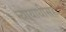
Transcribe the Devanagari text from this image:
न्यायाधीसह